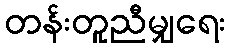
တန်းတူညီမျှရေး